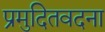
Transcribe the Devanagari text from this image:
प्रमुदितवदना